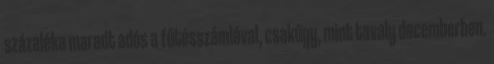
százaléka maradt adós a fűtésszámlával, csakúgy, mint tavaly decemberben.